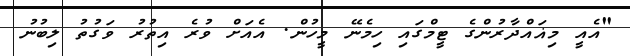
"އެއީ މިޣައްދާރުންގެ ޓީމްގައި ހިމެނޭ މީހުން. އެއަށް ވުރެ އިތުރު ވަގުތު ލިބުނު